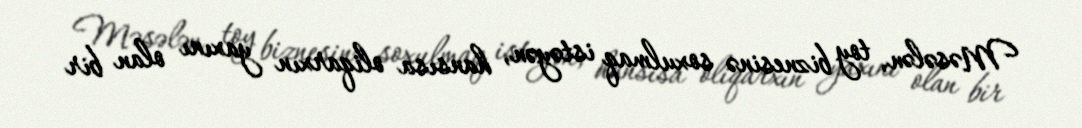
Məsələn, toy biznesinə soxulmaq istəyən, hansısa oliqarxın yaxını olan bir